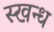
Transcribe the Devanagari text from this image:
स्खन्ध